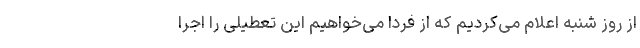
از روز شنبه اعلام می‌کردیم که از فردا می‌خواهیم این تعطیلی را اجرا